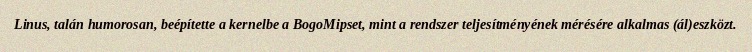
Linus, talán humorosan, beépítette a kernelbe a BogoMipset, mint a rendszer teljesítményének mérésére alkalmas (ál)eszközt.